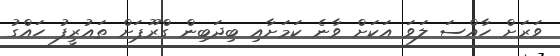
ވަރަށް ހާއްސަ ލަވަ އަކަށް ވާނެ ކަމަށާއި ބިދަބިން ގްރޫޕަށް ތައުރީފު ހައްގު